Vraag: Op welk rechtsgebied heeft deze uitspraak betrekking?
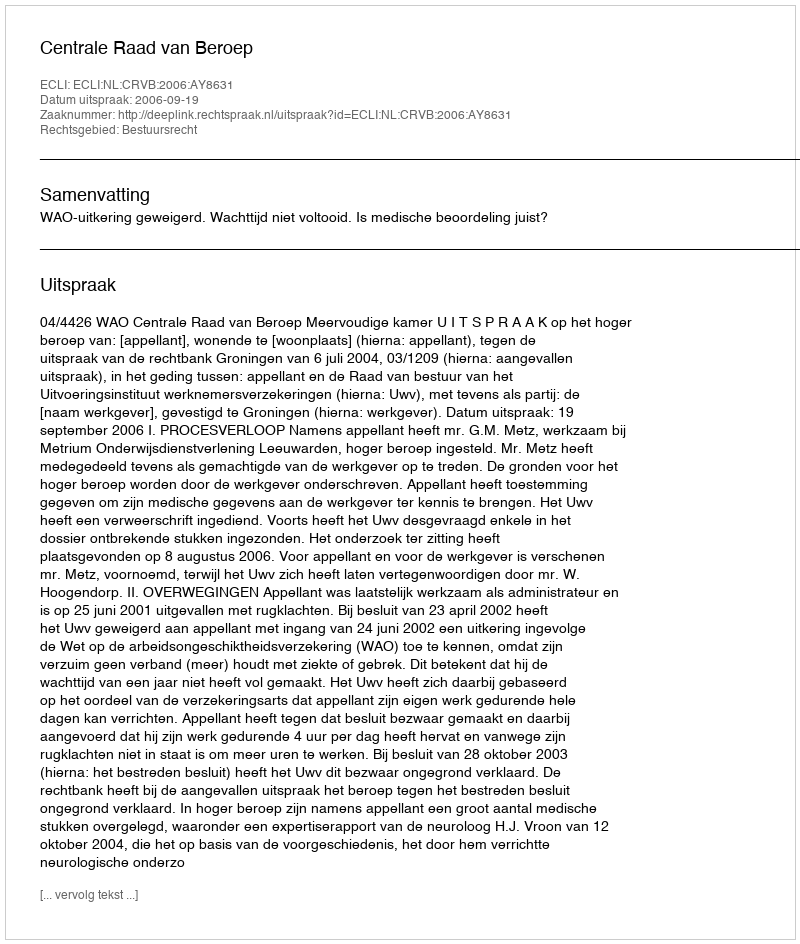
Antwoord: Bestuursrecht